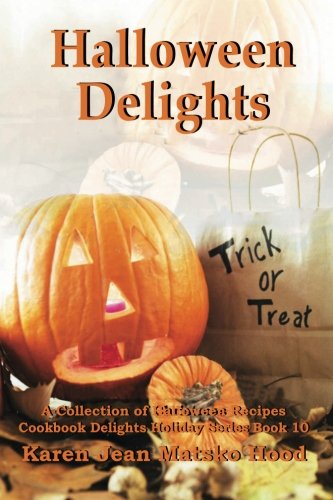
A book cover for Halloween Delights Cookbook: A Collection of Halloween Recipes (Cookbook Delights); Karen Jean Matsko Hood; Cookbooks, Food & Wine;